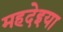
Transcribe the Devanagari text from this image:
महदेइया